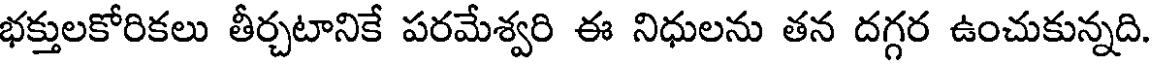
భక్తులకోరికలు తీర్చటానికే పరమేశ్వరి ఈ నిధులను తన దగ్గర ఉంచుకున్నది.